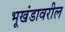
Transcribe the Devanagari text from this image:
भूखंडावरील